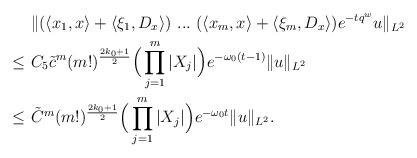
LaTeX: \begin{align*}& \ \|(\langle x_1, x \rangle+\langle \xi_1,D_x \rangle)\ ...\ (\langle x_m, x \rangle+\langle \xi_m,D_x \rangle)e^{-tq^w}u\|_{L^2}\\\leq & \ C_5\tilde{c}^m(m!)^{\frac{2k_{0}+1}{2}}\Big(\prod_{j=1}^{m}|X_j|\Big)e^{-\omega_0 (t-1)}\|u\|_{L^2} \\\leq & \ \tilde{C}^m(m!)^{\frac{2k_{0}+1}{2}}\Big(\prod_{j=1}^{m}|X_j|\Big)e^{-\omega_0 t}\|u\|_{L^2}.\end{align*}